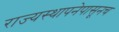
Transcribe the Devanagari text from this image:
राज्यस्थापनेपासूनच